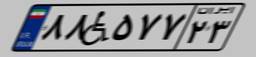
۸۸W۵۷۷۲۳